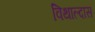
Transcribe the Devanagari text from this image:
विथाल्दास